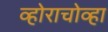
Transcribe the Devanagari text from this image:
व्होराचोव्हा